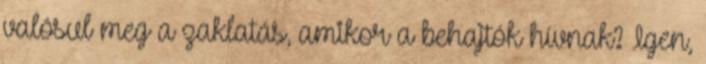
valósul meg a zaklatás, amikor a behajtók hívnak? Igen,